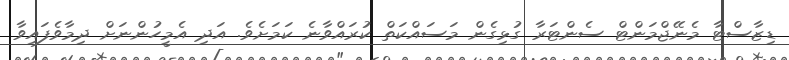
ޑިޒާސްޓާ މެނޭޖްމަންޓް ސެންޓަރާ ގުޅިގެން މަސައްކަތް ކުރައްވާނެ ކަމަށެވެ. އަދި އެމީހުންނަށް ދިމާވެފައިވާ